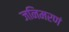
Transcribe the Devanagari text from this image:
जनिमरणं